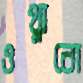
ওথ্‌লাবো